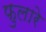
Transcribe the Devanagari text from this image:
फुलारे